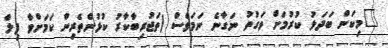
"މިކަން ބަދަލު ކުރުމަށް ވަގުތު ނަގާނެ ނަމަވެސް (ތަޖުރިބާކާރު ކުޅުންތެރިން ކަމަށްވާ ފިލް